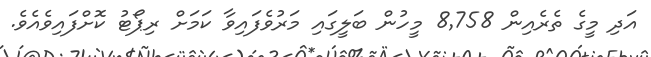
އަދި މީގެ ތެރެއިން 8